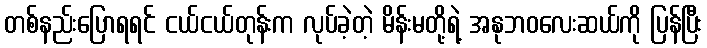
တစ်နည်းပြောရရင် ငယ်ငယ်တုန်းက လုပ်ခဲ့တဲ့ မိန်းမတို့ရဲ့ အနုဘဝလေးဆယ်ကို ပြန်ပြီး